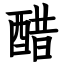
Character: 醋